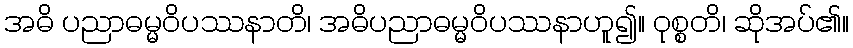
အဓိ ပညာဓမ္မဝိပဿနာတိ၊ အဓိပညာဓမ္မဝိပဿနာဟူ၍။ ဝုစ္စတိ၊ ဆိုအပ်၏။